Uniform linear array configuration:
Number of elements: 32
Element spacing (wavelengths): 0.75
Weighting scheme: binomial
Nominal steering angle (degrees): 15
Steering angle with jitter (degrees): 14.038
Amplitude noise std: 0.05
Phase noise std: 0.05

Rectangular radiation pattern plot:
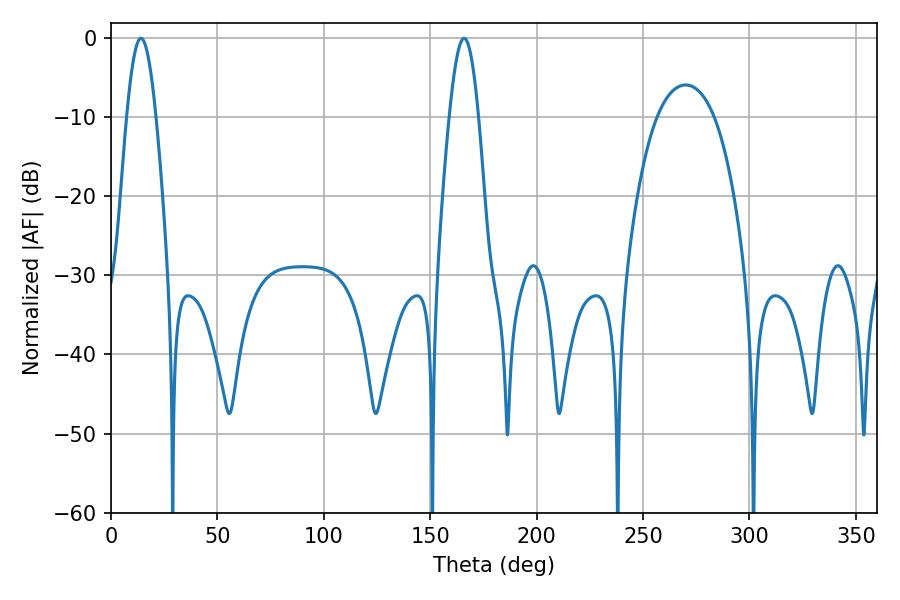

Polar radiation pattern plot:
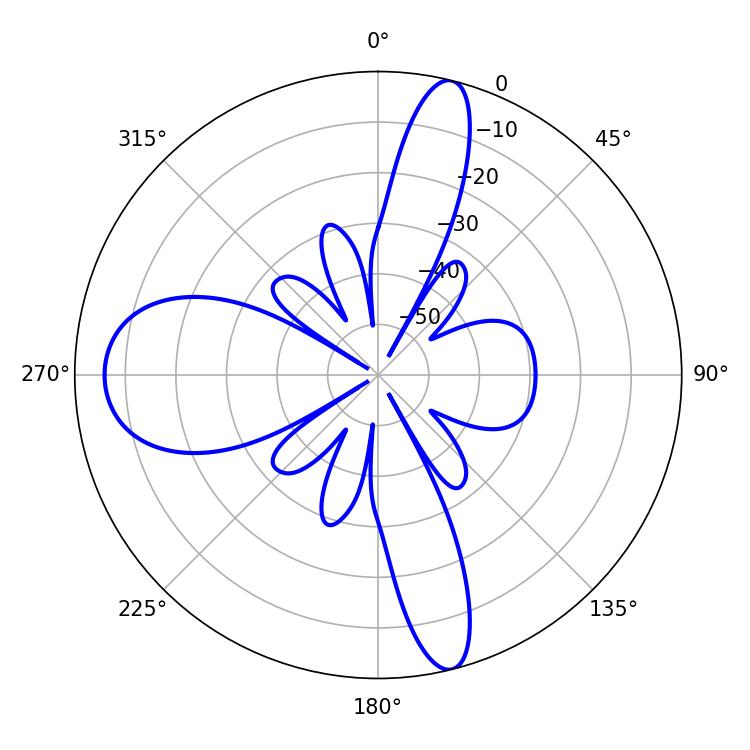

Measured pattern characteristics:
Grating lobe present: TRUE
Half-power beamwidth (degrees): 7.38
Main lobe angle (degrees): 14.04